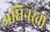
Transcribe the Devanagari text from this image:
अधिनस्तो